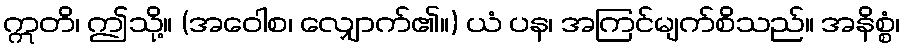
ဣတိ၊ ဤသို့။ (အဝေါစ၊ လျှောက်၏။) ယံ ပန၊ အကြင်မျက်စိသည်။ အနိစ္စံ၊